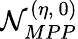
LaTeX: \mathcal{N}_{MPP}^{(\eta,~0)}